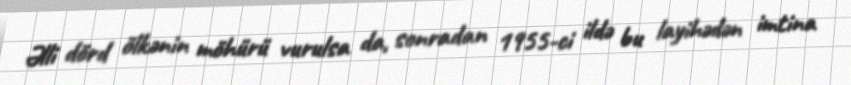
Əlli dörd ölkənin möhürü vurulsa da, sonradan 1955-ci ildə bu layihədən imtina